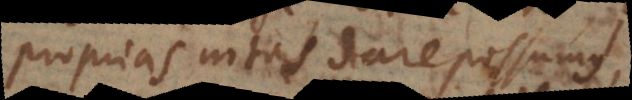
proprias notas dare possumus,